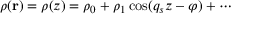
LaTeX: \rho ( \mathbf { r } ) = \rho ( z ) = \rho _ { 0 } + \rho _ { 1 } \cos ( q _ { s } z - \varphi ) + \cdots